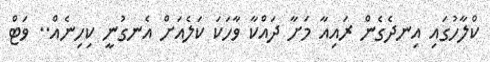
ކްލާހުގައި އިނދެގެން ރައިއާ މަށާ ދައްކާ ވާހަކަ ކަލެއަށް އެނގުނީ ކިހިނެއް.. ވަޓް